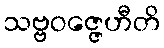
သဗ္ဗဝဇ္ဇေဟီတိ